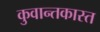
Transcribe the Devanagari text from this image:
कुवान्तकास्त